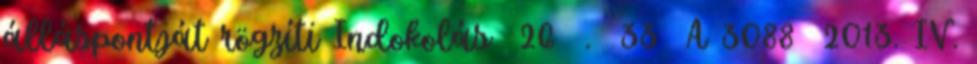
álláspontját rögzíti Indokolás 26 . 33 A 3088 2013. IV.